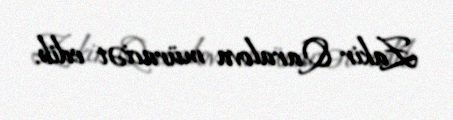
Zakir Qaralova müraciət edib.